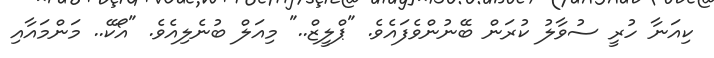
ކިއަނާ ހުރީ ސުވާލު ކުރަން ބޭނުންވެފައެވެ. "ޕްލީޒް.." މިއަލް ބުނެލިއެވެ. "އޯކޭ.. މަންމައާއި